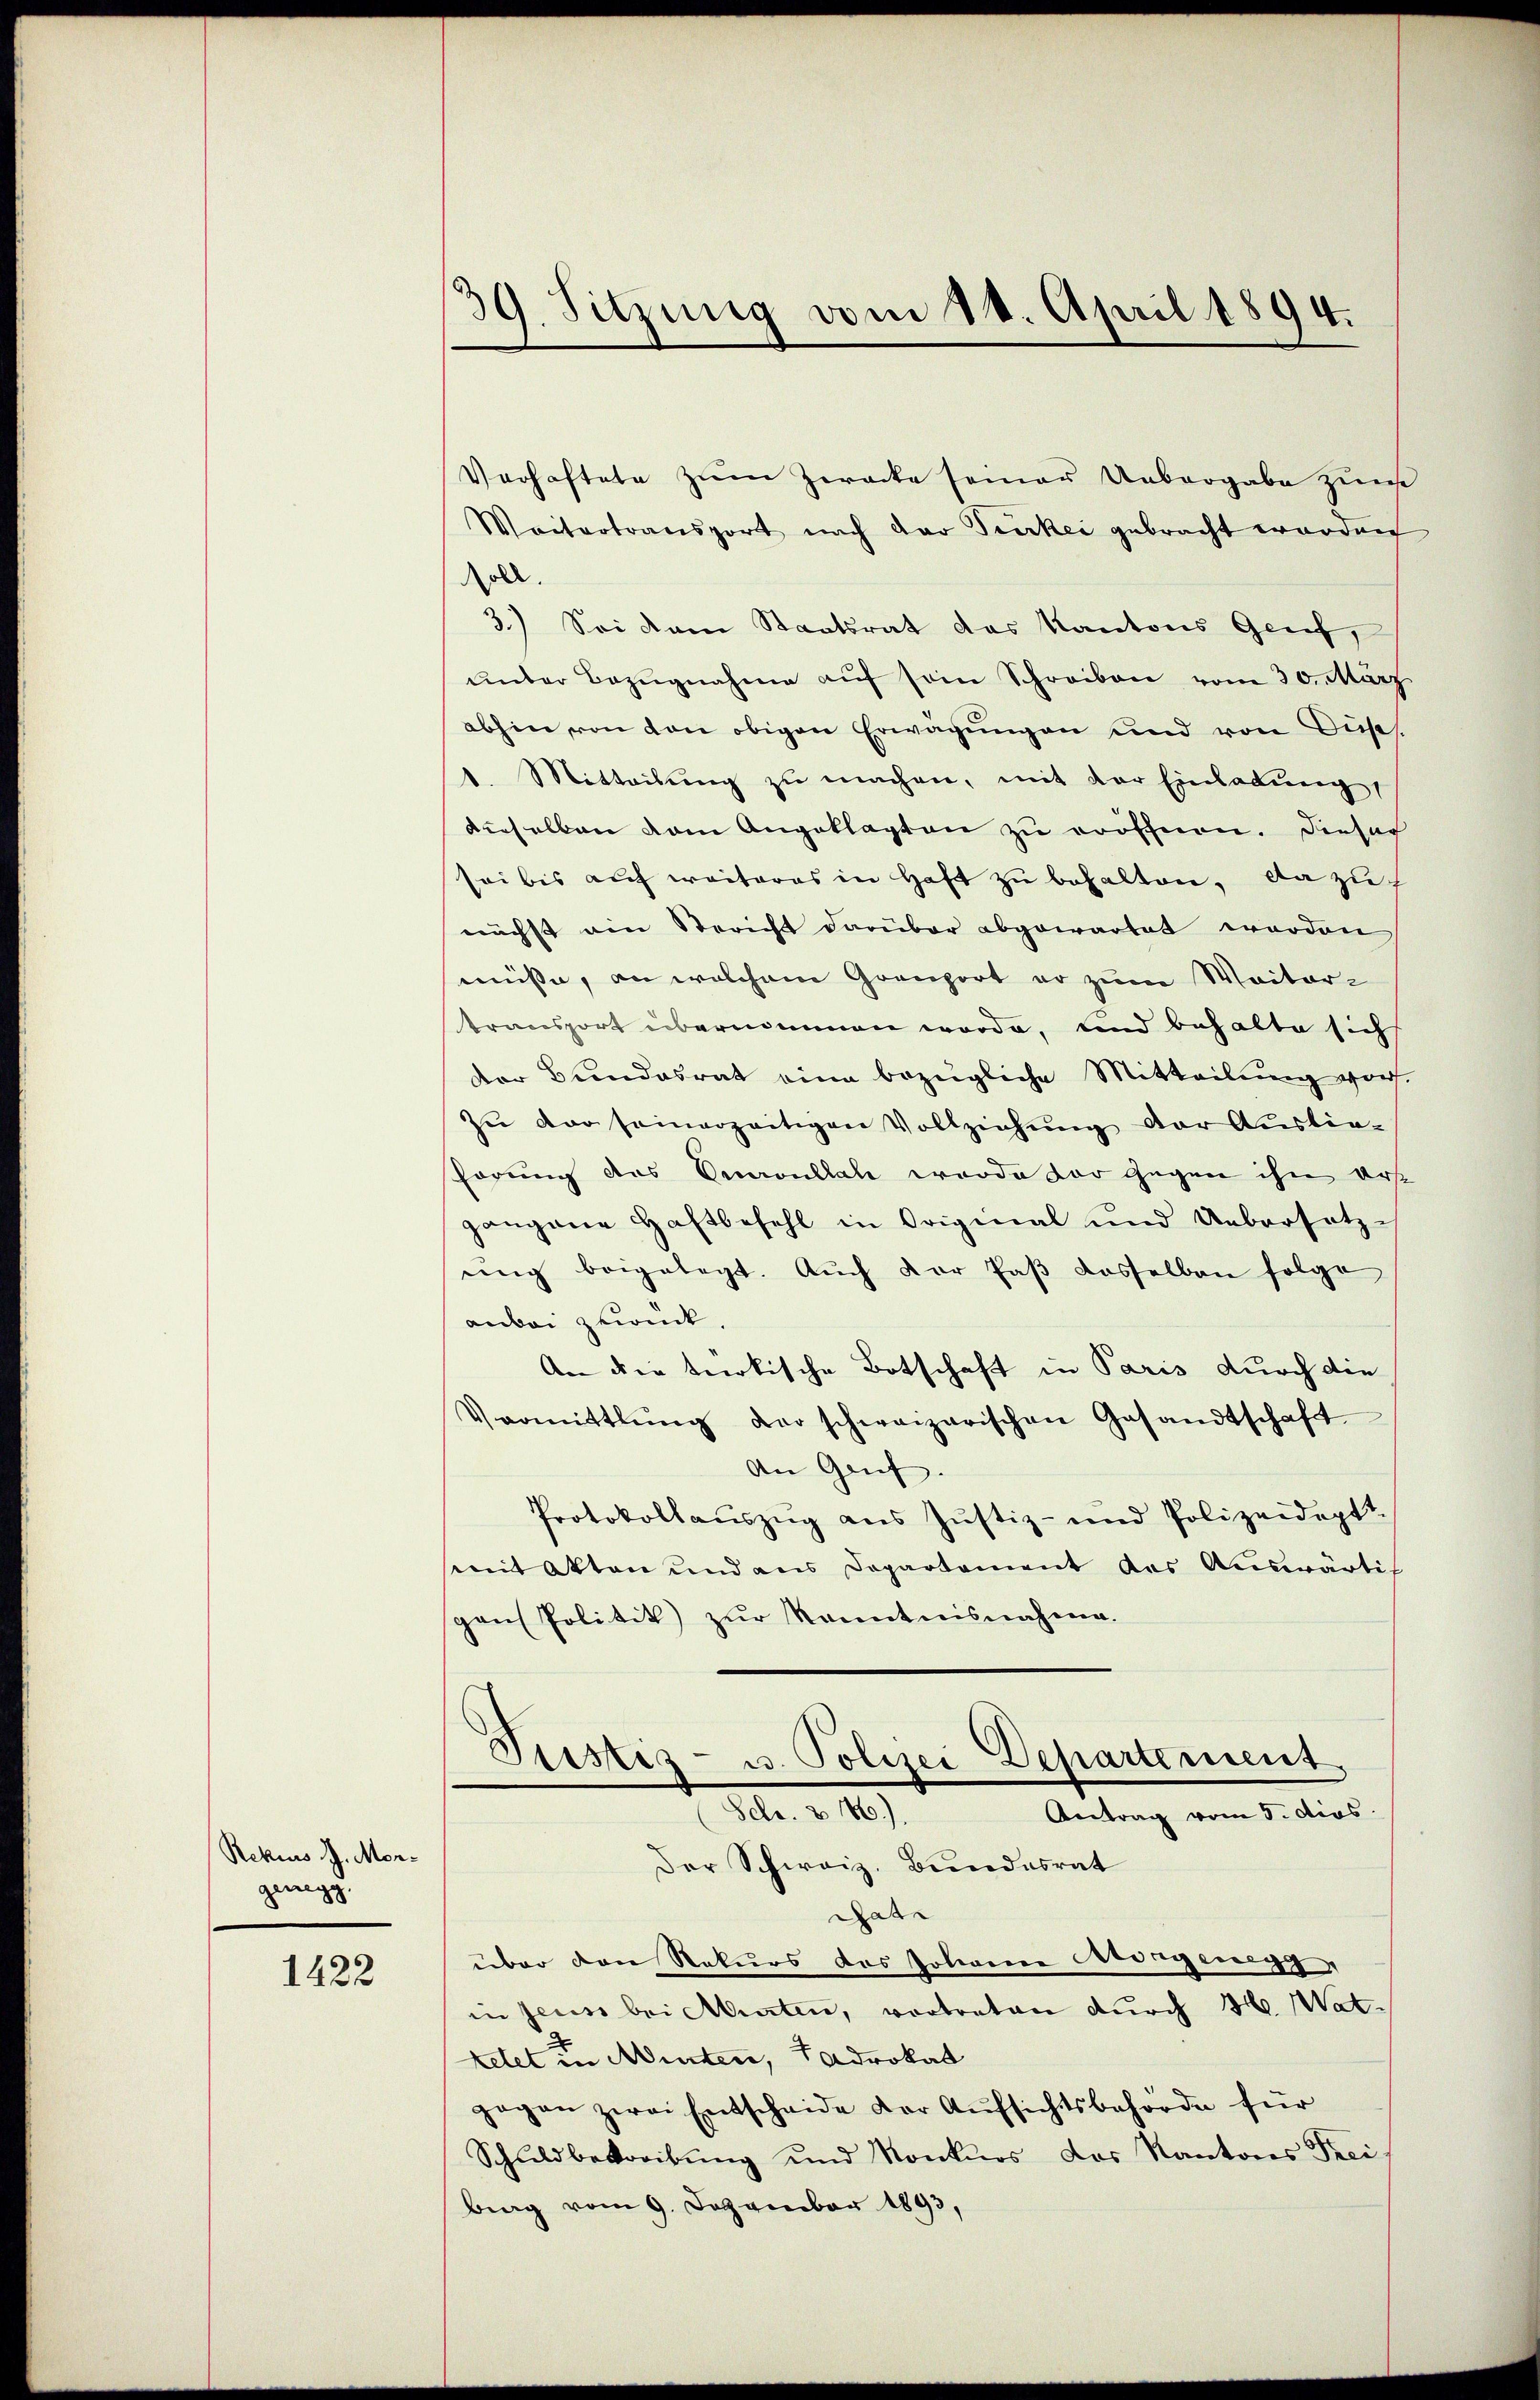
Rekurs J. Morgeregg.

1422

39. Sitzung vom 18. April 1894.

Verhaftete zum Zwecke seiner Uebergabe zur
Weitertransport nach der Türkei gebracht worden
Roll
3.) Sei dem Staatsrat das Kantons Genf,
ŭnter Bezŭgnahme aŭf sein Schreiben vom 30. März
abhin von den obigen Erwägungen und von Düs
2. Mitteilŭng zŭ machen, mit der Einladŭng
derselben dem Angeklagten zu eröffnen. Dieser
sei bis auf weiteres in Haft zu behalten, da zu
nächst ain Stericht darüber abgewartet worden
müsse, an welchem Groport er zum Waitar-
transport übernommen werde, und behalte sich
der Bŭndesrat eine bezügliche Mitteilŭng vor.
Zŭ der seinerzeitigen Vollziehŭng der Auslie¬
Pörung des Onavullah wurde der gegen ihn erst
gangene Haftbefehl in Original und Uebersetz-
ŭng beigelegt. Aŭch der Paβ dasselben folge
anbei zurück.
An der terkische Botschaft in Paris durch die
Vermittlung der schweizerischen Gesandtschaft
An Genf.
Protokollaŭszŭg ans Justiz- und Polizeideptt
semit Akten und aus Departement des Auswärtig
pon Politik zŭr Kenntnisnahme.
Justiz- u. Polizei Departement,
Schr. & 186.).
Antrag vom 5. dies
Der Schweiz. Bundesrat
Gade
über den Rekurs des Johanne Morgenegg,
in sein bei Abraten, vortreten durch H. Wat.
ketet in Murten, Tadrokat
gogen zwei Entscheide der Aufsichtsbehörde für
Schuldbetreibung und Konkurs das Kantons Frei
brag vom 9. Dezember 1893,